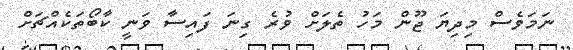
ނަމަވެސް މިދިޔަ ޖޫން މަހު ތެލަށް ވުރެ ގިނަ ފައިސާ ވަނީ ކާބޯތަކެއްޗަށް